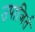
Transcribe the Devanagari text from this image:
उपाजिर्त